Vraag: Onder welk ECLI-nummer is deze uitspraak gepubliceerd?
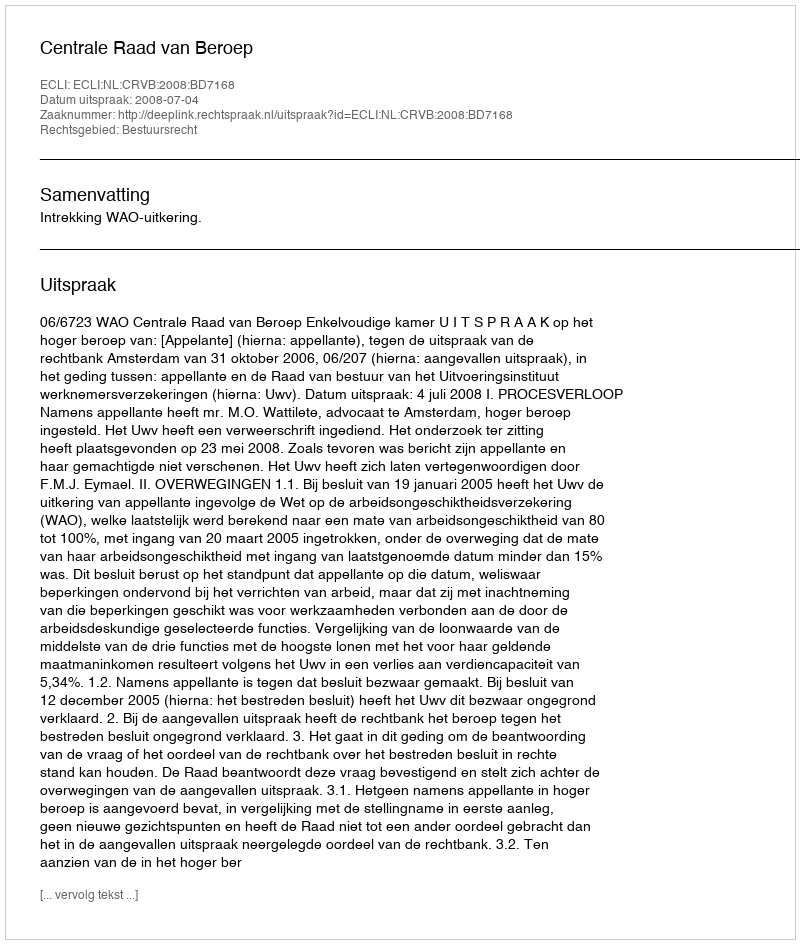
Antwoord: ECLI:NL:CRVB:2008:BD7168